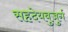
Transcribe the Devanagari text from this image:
सहदेयबुजुर्ग